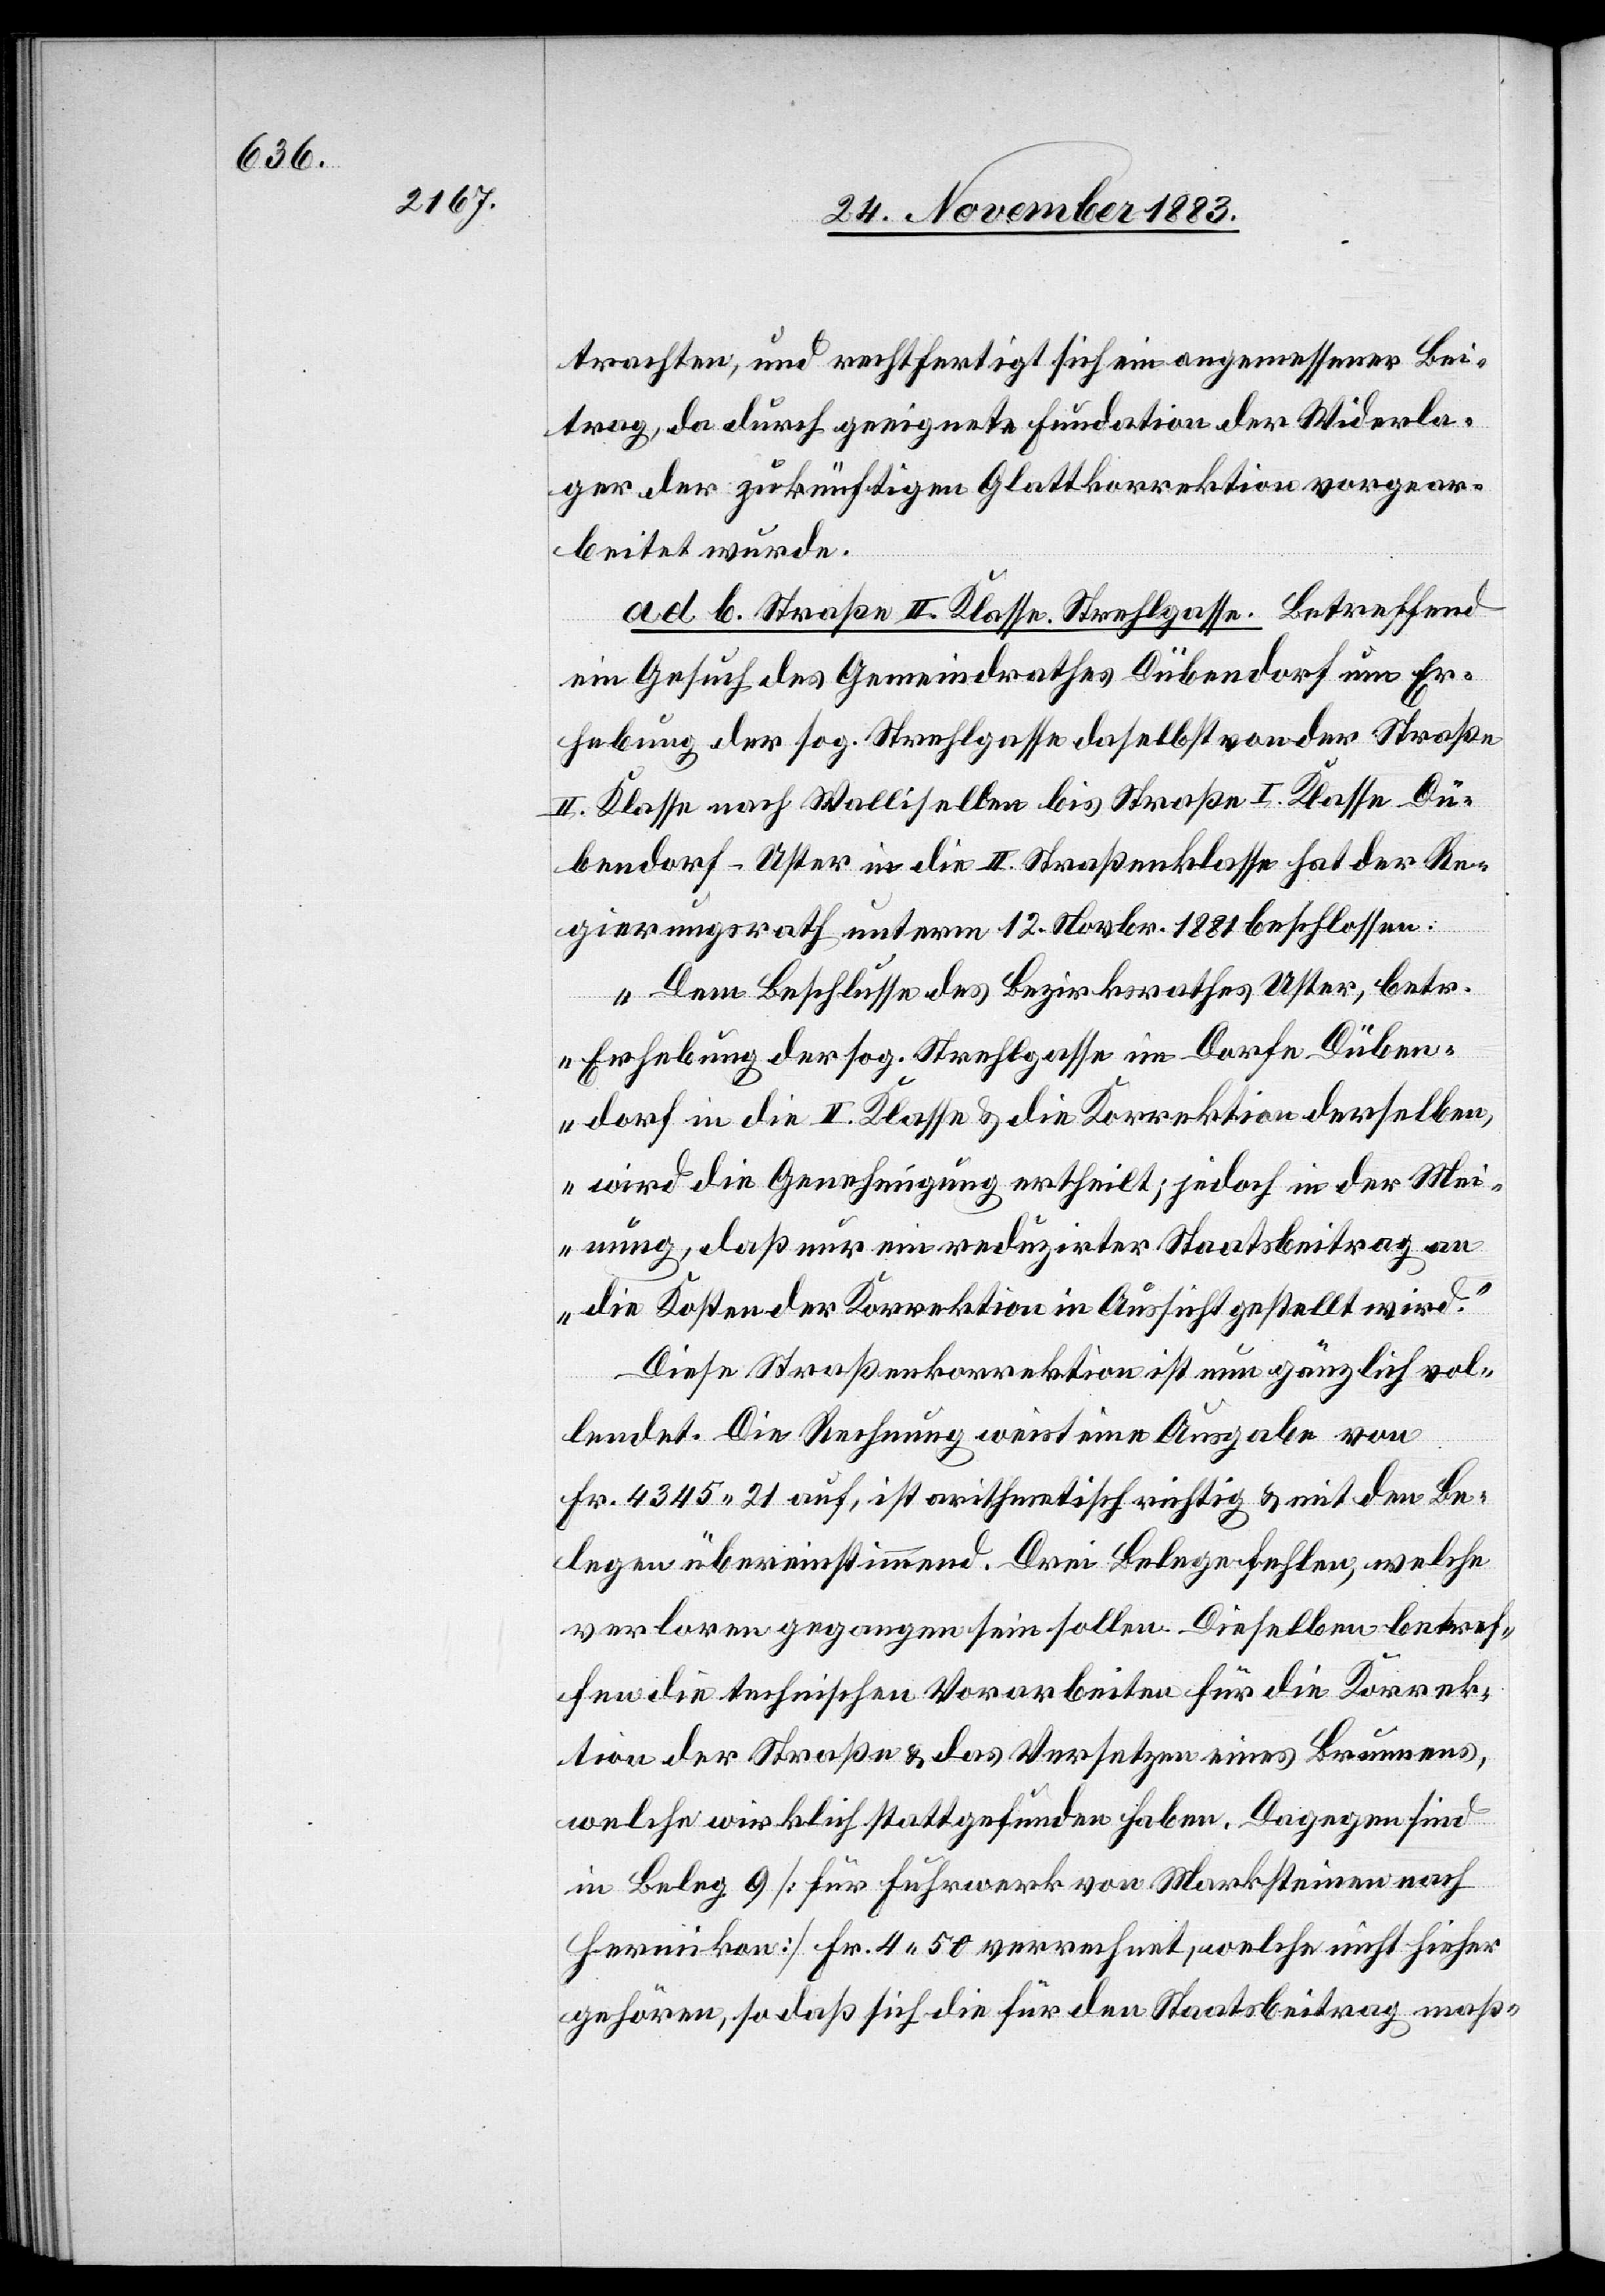
trachten, und rechtfertigt sich ein angemessener Bei¬
trag, da durch geeignete Fundation der Widerla¬
ger der zukünftigen Glattkorrektion vorgear¬
beitet wurde.
ad b. Straße II. Klasse. Strehlgasse. Betreffend
ein Gesuch des Gemeindrathes Dübendorf um Er¬
hebung der sog. Strehlgasse daselbst von der Straße
II. Klasse nach Wallisellen bis Straße I. Klasse Dü¬
bendorf–Uster in die II. Straßenklasse[,] hat der Re¬
gierungsrath unterm 12. Novbr. 1881 beschlossen:
„Dem Beschlusse des Bezirksrathes Uster, betr.
Erhebung der sog. Strehlgasse im Dorfe Düben¬
dorf in die II. Klasse & die Korrektion derselben,
wird die Genehmigung ertheilt; jedoch in der Mei¬
nung, daß nur ein reduzirter Staatsbeitrag an
die Kosten der Korrektion in Aussicht gestellt wird.“
Diese Straßenkorrektion ist nun gänzlich vol¬
lendet. Die Rechnung weist eine Ausgabe von
Fr. 4345 21 auf, ist arithmetisch richtig & mit den Be¬
legen übereinstimmend. Drei Belege fehlen, welche
verloren gegangen sein sollen. Dieselben betref¬
fen die technischen Vorarbeiten für die Korrek¬
tion der Straße & das Versetzen eines Brunnens,
welche wirklich stattgefunden haben. Dagegen sind
in Beleg 9 [Für Fuhrwerk von Marksteinen nach
Hermikon] Fr. 4 50 verrechnet, welche nicht hierher
gehören, so daß sich die für den Staatsbeitrag maß-